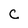
Character: c